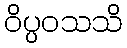
ဝိပ္ပဝသသိ